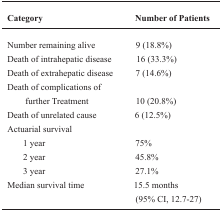
<table><thead><tr><td><b>Category</b></td><td><b>Number of Patients (%)</b></td></tr></thead><tbody><tr><td>Number remaining alive</td><td>9 (18.8%)</td></tr><tr><td>Death of intrahepatic disease</td><td>16 (33.3%)</td></tr><tr><td>Death of extrahepatic disease</td><td>7 (14.6%)</td></tr><tr><td>Death of complications of further Treatment</td><td>10 (20.8%)</td></tr><tr><td>Death of unrelated cause</td><td>6 (12.5%)</td></tr><tr><td colspan="2">Actuarial survival</td></tr><tr><td>1 year</td><td>75%</td></tr><tr><td>2 year</td><td>45.8%</td></tr><tr><td>3 year</td><td>27.1%</td></tr><tr><td>Median survival time</td><td>15.5 months (95%CI,12.7-27)</td></tr></tbody></table>